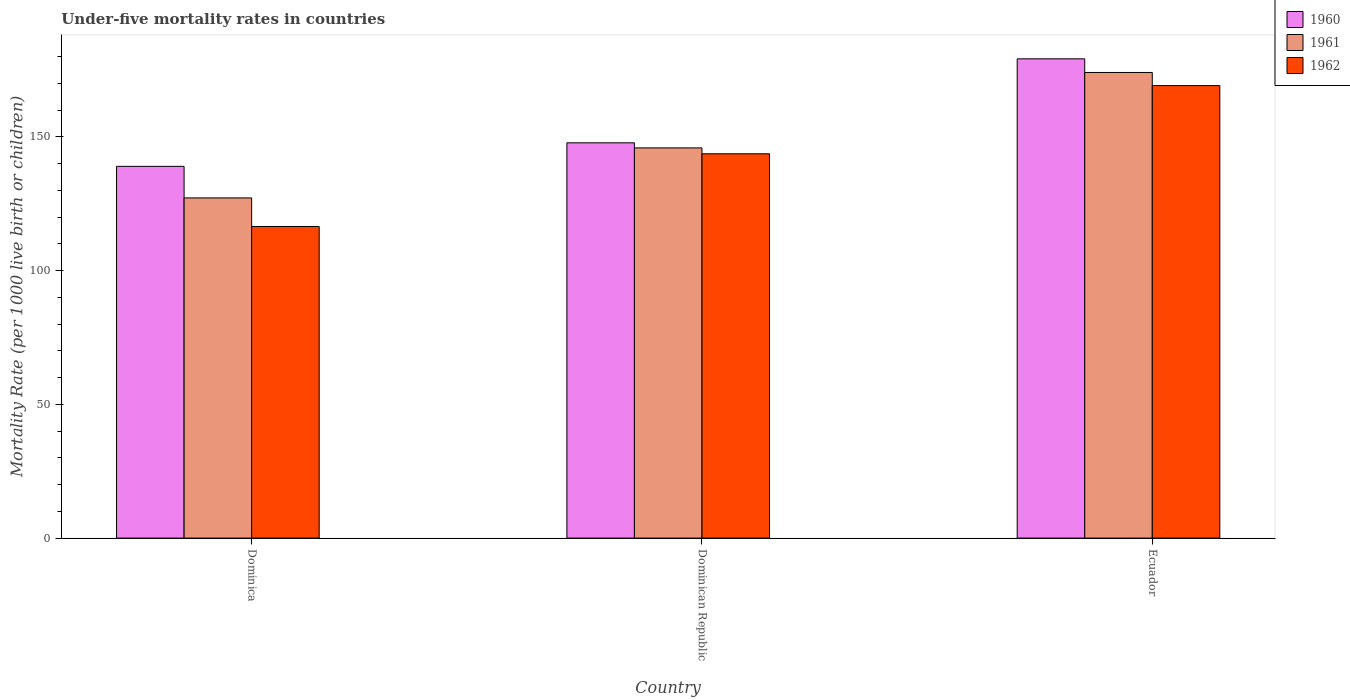
| Country | 1960 | 1961 | 1962 |
 | --- | --- | --- | --- |
 | Dominica | 139 | 127 | 116 |
 | Dominican Republic | 148 | 146 | 144 |
 | Ecuador | 179 | 174 | 169 |